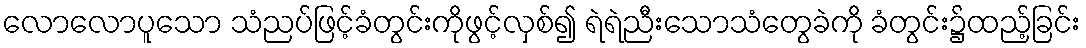
လောလောပူသော သံညပ်ဖြင့်ခံတွင်းကိုဖွင့်လှစ်၍ ရဲရဲညီးသောသံတွေခဲကို ခံတွင်း၌ထည့်ခြင်း